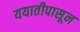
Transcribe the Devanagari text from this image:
ययातीपासून